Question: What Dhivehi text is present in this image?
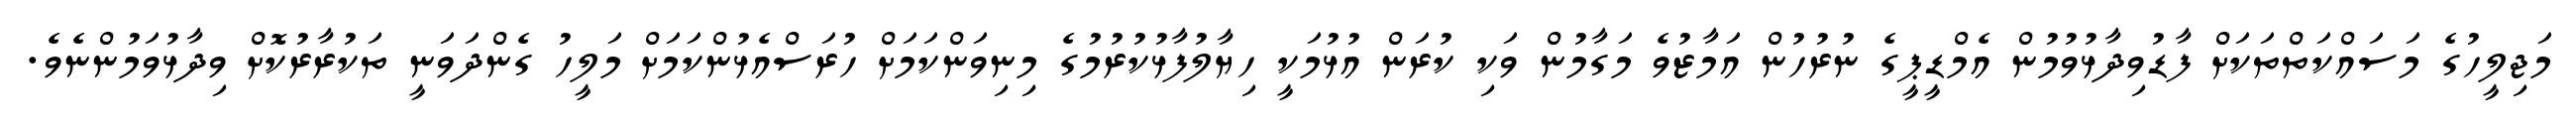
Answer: މަޖިލީހުގެ މަސައްކަތްތަކަށް ފާޑުވިދާޅުވުމުން އެމްޑީޕީގެ ނުރުހުން އަމާޒުވެ މަގާމުން ވަކި ކުރަން އުޅުމަކީ ހިޔާލުފާޅުކުރުމުގެ މިނިވަންކަމަށް ހުރަސްއެޅުންކަމަށް މަލީހު ގެންދަވަނީ ތަކުރާރުކޮށް ވިދާޅުވަމުންނެވެ.